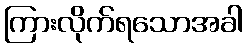
ကြားလိုက်ရသောအခါ